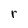
Character: r